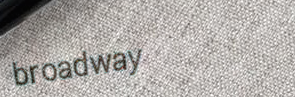
broadway